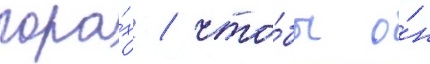
гора́х / что́бы о́н